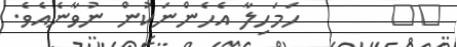
١٥       ހަމަހިލާ އެހެންނަކުން ނުވާނެއެވެ.